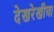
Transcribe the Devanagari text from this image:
देखरेखीचा